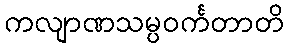
ကလျာဏသမ္ပဝင်္ကတာတိ